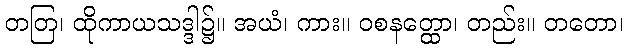
တတြ၊ ထိုကာယသဒ္ဒါ၌။ အယံ၊ ကား။ ဝစနတ္ထော၊ တည်း။ တတော၊